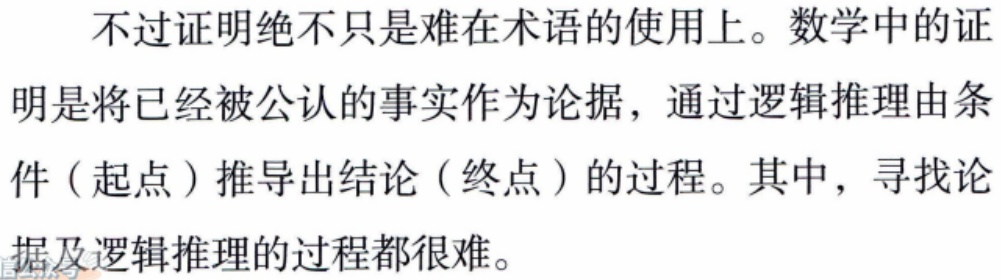
不过证明绝不只是难在术语的使用上。数学中的证明是将已经被公认的事实作为论据，通过逻辑推理由条件（起点）推导出结论（终点）的过程。其中，寻找论据及逻辑推理的过程都很难。